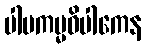
ပါပကမ္မဝိပါကေန